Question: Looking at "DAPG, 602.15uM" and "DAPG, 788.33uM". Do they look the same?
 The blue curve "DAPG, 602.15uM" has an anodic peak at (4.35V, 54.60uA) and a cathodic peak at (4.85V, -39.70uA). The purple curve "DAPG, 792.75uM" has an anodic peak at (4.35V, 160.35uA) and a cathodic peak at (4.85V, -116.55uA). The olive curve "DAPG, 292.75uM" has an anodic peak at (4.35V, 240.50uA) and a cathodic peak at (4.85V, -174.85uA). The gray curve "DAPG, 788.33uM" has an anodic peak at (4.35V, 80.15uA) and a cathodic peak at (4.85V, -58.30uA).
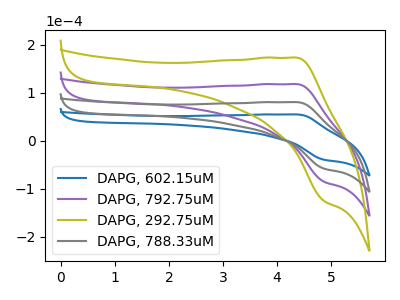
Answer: <think>All the peaks in "DAPG, 602.15uM" have a peak in "DAPG, 788.33uM" at the same potential. Every peak in "DAPG, 602.15uM" is lower than every peak in "DAPG, 788.33uM".
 </think>
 <answer>"DAPG, 602.15uM" and "DAPG, 788.33uM" are similar in shape.</answer>
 <eval>same_shape</eval>